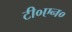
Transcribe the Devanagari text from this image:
टी०एन०